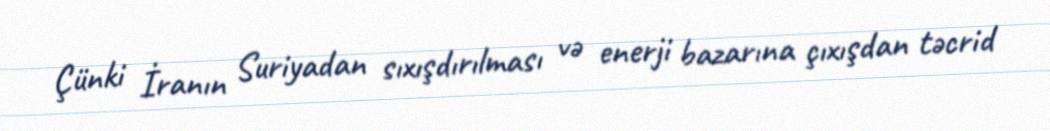
Çünki İranın Suriyadan sıxışdırılması və enerji bazarına çıxışdan təcrid